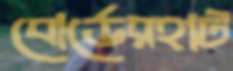
বোর্ডেরহাট